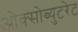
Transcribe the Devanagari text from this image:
ओक्सोब्युटरेट